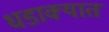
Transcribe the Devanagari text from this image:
धडाक्‍यात